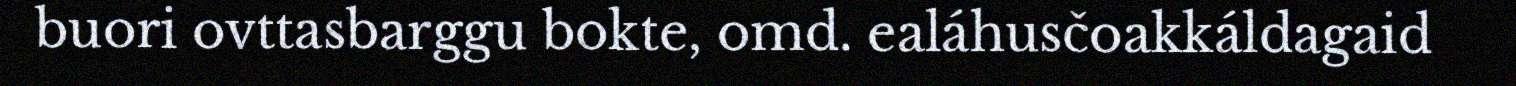
buori ovttasbarggu bokte, omd. ealáhusčoakkáldagaid